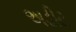
અડીટ